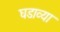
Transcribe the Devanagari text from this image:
घडाव्या